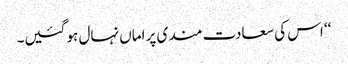
‘‘ اس کی سعادت مندی پر اماں نہال ہو گئیں۔